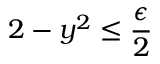
2 - y ^ { 2 } \leq { \frac { \epsilon } { 2 } }